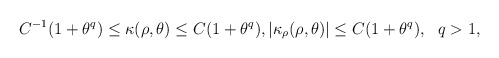
\begin{align*} C^{-1}(1+\theta^q)\leq \kappa(\rho,\theta)\leq C (1+\theta^q), |\kappa_\rho(\rho,\theta)|\leq C (1+\theta^q), ~~q>1, \\\end{align*}